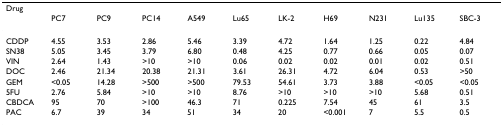
| Drug |  |  |  |  |  |  |  |  |  |  |
 |  | PC7 | PC9 | PC14 | A549 | Lu65 | LK-2 | H69 | N231 | Lu135 | SBC-3 |
 | --- | --- | --- | --- | --- | --- | --- | --- | --- | --- | --- |
 | CDDP | 4.55 | 3.53 | 2.86 | 5.46 | 3.39 | 4.72 | 1.64 | 1.25 | 0.22 | 4.84 |
 | SN38 | 5.05 | 3.45 | 3.79 | 6.80 | 0.48 | 4.25 | 0.77 | 0.66 | 0.05 | 0.07 |
 | VIN | 2.64 | 1.43 | >10 | >10 | 0.06 | 0.02 | 0.02 | 0.01 | 0.02 | 0.51 |
 | DOC | 2.46 | 21.34 | 20.38 | 21.31 | 3.61 | 26.31 | 4.72 | 6.04 | 0.53 | >50 |
 | GEM | <0.05 | 14.28 | >500 | >500 | 79.53 | 54.61 | 3.73 | 3.88 | <0.05 | <0.05 |
 | 5FU | 2.76 | 5.84 | >10 | >10 | 8.76 | >10 | >10 | >10 | 5.68 | 0.51 |
 | CBDCA | 95 | 70 | >100 | 46.3 | 71 | 0.225 | 7.54 | 45 | 61 | 3.5 |
 | PAC | 6.7 | 39 | 34 | 51 | 34 | 20 | <0.001 | 7 | 5.5 | 0.5 |